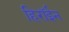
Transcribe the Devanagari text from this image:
हिरॉईन